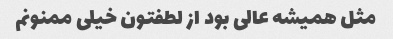
مثل همیشه عالی بود از لطفتون خیلی ممنونم